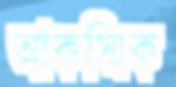
আকস্মিক